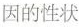
因的性状